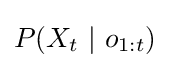
P(X_{t}\ |\ o_{1:t})